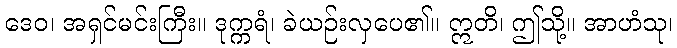
ဒေဝ၊ အရှင်မင်းကြီး။ ဒုက္ကရံ၊ ခဲယဉ်းလှပေ၏။ ဣတိ၊ ဤသို့။ အာဟံသု၊